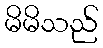
မိမိသည်